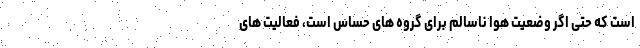
است که حتی اگر وضعیت هوا ناسالم برای گروه های حساس است، فعالیت های